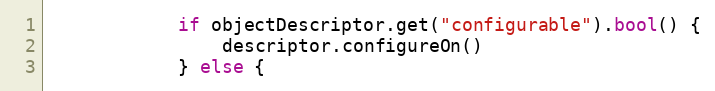
Language: Go
			if objectDescriptor.get("configurable").bool() {
				descriptor.configureOn()
			} else {